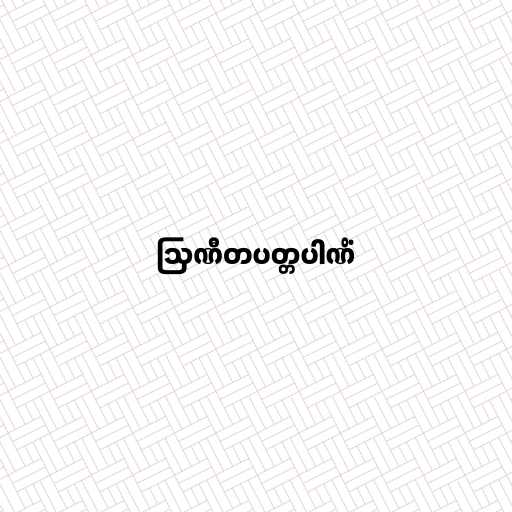
ဩဏီတပတ္တပါဏိံ